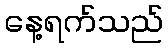
နေ့ရက်သည်